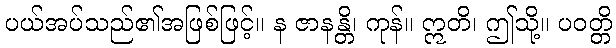
ပယ်အပ်သည်၏အဖြစ်ဖြင့်။ န ဇာနန္တိ၊ ကုန်။ ဣတိ၊ ဤသို့။ ပဝတ္တိ